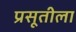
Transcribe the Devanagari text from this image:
प्रसूतीला